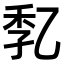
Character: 𠃷